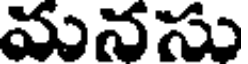
మనసు